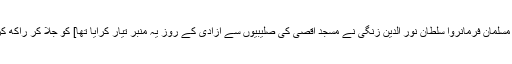
معروف مسلمان فرمانروا سلطان نور الدین زنگی نے مسجد اقصیٰ کی صلیبیوں سے آزادی کے روز یہ منبر تیار کرایا تھا] کو جلا کر راکھ کردیا گیا۔